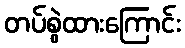
တပ်စွဲထားကြောင်း